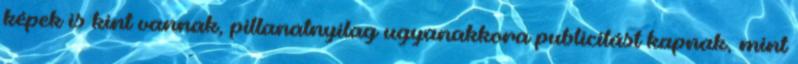
képek is kint vannak, pillanatnyilag ugyanakkora publicitást kapnak, mint